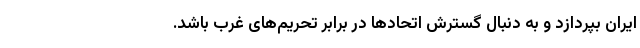
ایران بپردازد و به دنبال گسترش اتحادها در برابر تحریم‌های غرب باشد.